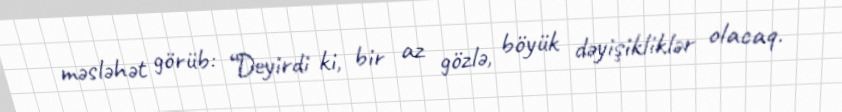
məsləhət görüb: “Deyirdi ki, bir az gözlə, böyük dəyişikliklər olacaq.